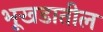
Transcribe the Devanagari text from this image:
भूखडातील